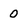
Character: 0